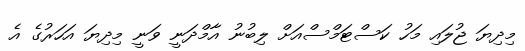
މިދިޔަ ޖުލައި މަހު ކަސްޓަމްސްއަށް ލިބުނު އާމްދަނީ ވަނީ މިދިޔަ އަހަރުގެ އެ